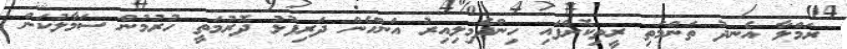
ރަމްލާ އެނދު ތަންމަތި ރީތިކޮށްފައި ހިންދެމިލިއިރު އަންހެން ދަރިފުޅު ދޮރުމަތީ ހުރުމުން ސަމާލުކަން